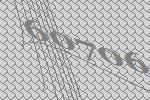
60706